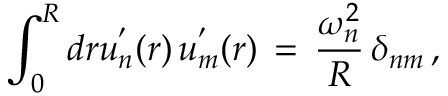
\int _ { 0 } ^ { R } d r u _ { n } ^ { ' } ( r ) \, u _ { m } ^ { ' } ( r ) \, = \, \frac { \omega _ { n } ^ { 2 } } { R } \, \delta _ { n m } \, { , }